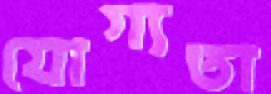
যোগ্যতা